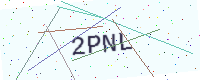
Text: 2PNL